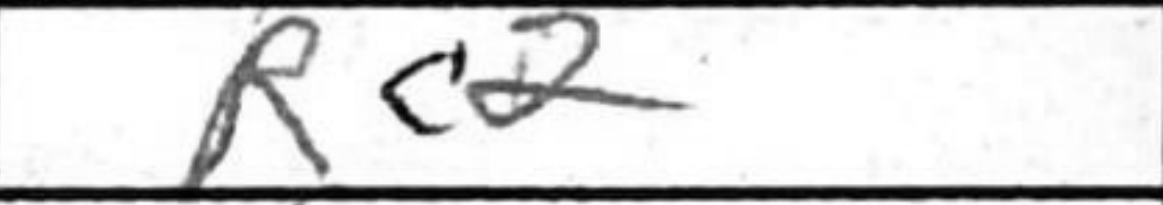
Transcription: Rc2